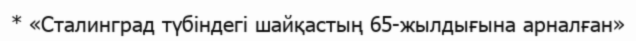
* «Сталинград түбіндегі шайқастың 65-жылдығына арналған»